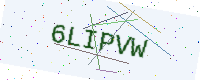
Text: 6LIPVW